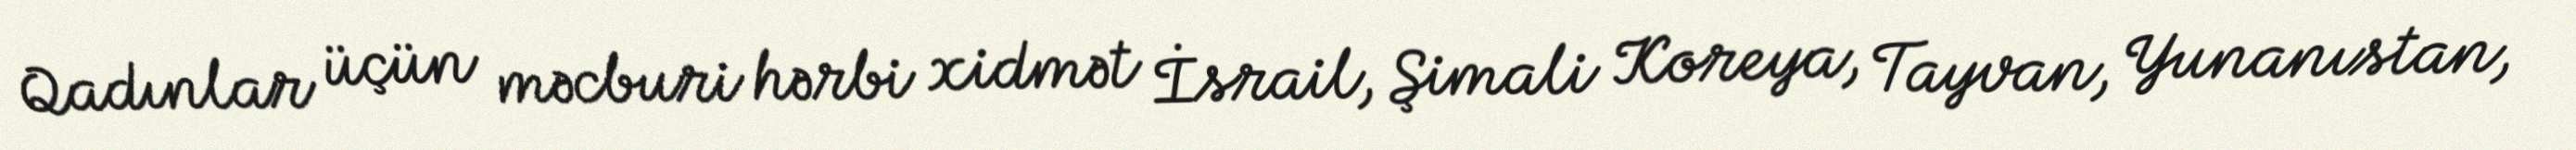
Qadınlar üçün məcburi hərbi xidmət İsrail, Şimali Koreya, Tayvan, Yunanıstan,